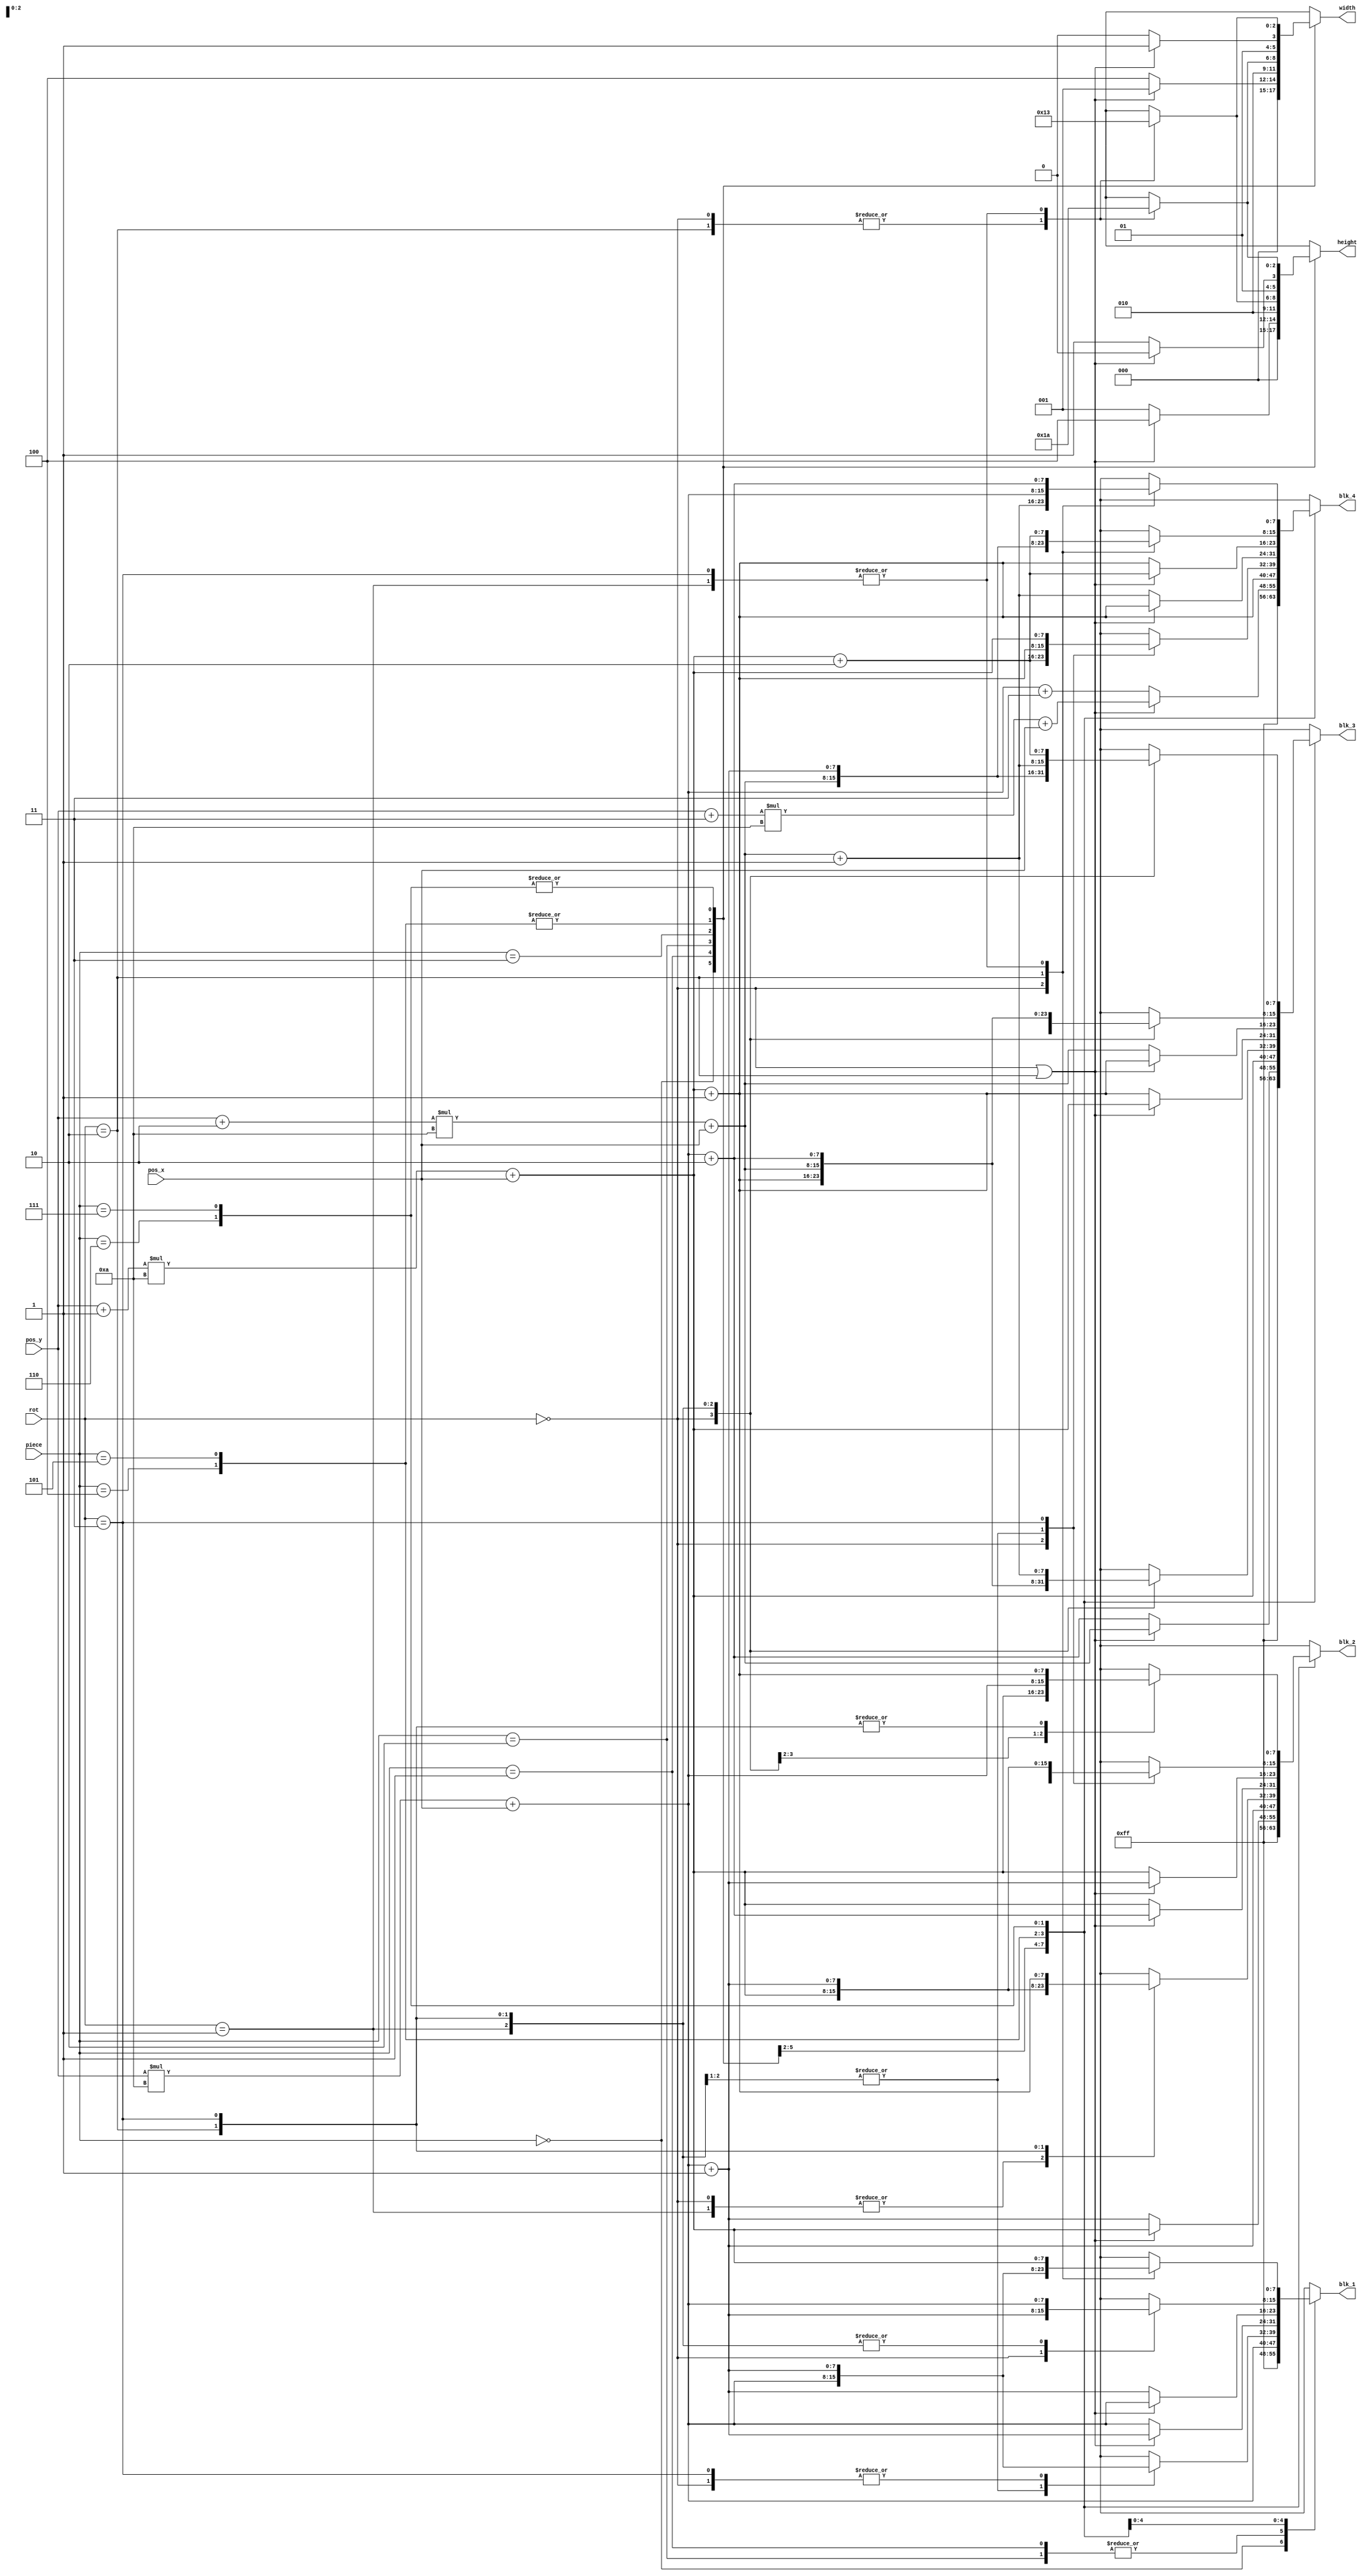
`define PIXEL_WIDTH 640
`define PIXEL_HEIGHT 480
`define HSYNC_FRONT_PORCH 16
`define HSYNC_PULSE_WIDTH 96
`define HSYNC_BACK_PORCH 48
`define VSYNC_FRONT_PORCH 10
`define VSYNC_PULSE_WIDTH 2
`define VSYNC_BACK_PORCH 33
`define BLOCK_SIZE 20
`define BLOCKS_WIDE 10
`define BLOCKS_HIGH 22
`define BOARD_WIDTH (`BLOCKS_WIDE * `BLOCK_SIZE)
`define BOARD_X (((`PIXEL_WIDTH - `BOARD_WIDTH) / 2) - 1)
`define BOARD_HEIGHT (`BLOCKS_HIGH * `BLOCK_SIZE)
`define BOARD_Y (((`PIXEL_HEIGHT - `BOARD_HEIGHT) / 2) - 1)
`define BITS_BLK_POS 8
`define BITS_X_POS 4
`define BITS_Y_POS 5
`define BITS_ROT 2
`define BITS_BLK_SIZE 3
`define BITS_SCORE 14
`define BITS_PER_BLOCK 3
`define EMPTY_BLOCK 3'b000
`define I_BLOCK 3'b001
`define O_BLOCK 3'b010
`define T_BLOCK 3'b011
`define S_BLOCK 3'b100
`define Z_BLOCK 3'b101
`define J_BLOCK 3'b110
`define L_BLOCK 3'b111
`define WHITE 8'b11111111
`define BLACK 8'b00000000
`define GRAY 8'b10100100
`define CYAN 8'b11110000
`define YELLOW 8'b00111111
`define PURPLE 8'b11000111
`define GREEN 8'b00111000
`define RED 8'b00000111
`define BLUE 8'b11000000
`define ORANGE 8'b00011111
`define ERR_BLK_POS 8'b11111111
`define DROP_TIMER_MAX 10000
module calc_cur_blk(
    input wire [`BITS_PER_BLOCK-1:0] piece,
    input wire [3:0] pos_x,
    input wire [4:0] pos_y,
    input wire [1:0] rot,
    output reg [7:0] blk_1,
    output reg [7:0] blk_2,
    output reg [7:0] blk_3,
    output reg [7:0] blk_4,
    output reg [2:0] width,
    output reg [2:0] height
    );
    
    
    always @ (*) begin
        case (piece)
            `EMPTY_BLOCK: begin
                 blk_1 = `ERR_BLK_POS;
                 blk_2 = `ERR_BLK_POS;
                 blk_3 = `ERR_BLK_POS;
                 blk_4 = `ERR_BLK_POS;
                 width = 0;
                 height = 0;
            end
            `I_BLOCK: begin
                 if (rot == 0 || rot == 2) begin
                     blk_1 = (pos_y * `BLOCKS_WIDE) + pos_x;
                     blk_2 = ((pos_y + 1) * `BLOCKS_WIDE) + pos_x;
                     blk_3 = ((pos_y + 2) * `BLOCKS_WIDE) + pos_x;
                     blk_4 = ((pos_y + 3) * `BLOCKS_WIDE) + pos_x;
                     width = 1;
                     height = 4;
                 end else begin
                     blk_1 = (pos_y * `BLOCKS_WIDE) + pos_x;
                     blk_2 = (pos_y * `BLOCKS_WIDE) + pos_x + 1;
                     blk_3 = (pos_y * `BLOCKS_WIDE) + pos_x + 2;
                     blk_4 = (pos_y * `BLOCKS_WIDE) + pos_x + 3;
                     width = 4;
                     height = 1;
                 end
            end
            `O_BLOCK: begin
                blk_1 = (pos_y * `BLOCKS_WIDE) + pos_x;
                blk_2 = (pos_y * `BLOCKS_WIDE) + pos_x + 1;
                blk_3 = ((pos_y + 1) * `BLOCKS_WIDE) + pos_x;
                blk_4 = ((pos_y + 1) * `BLOCKS_WIDE) + pos_x + 1;
                width = 2;
                height = 2;
            end
            `T_BLOCK: begin
                case (rot)
                    0: begin
                        blk_1 = (pos_y * `BLOCKS_WIDE) + pos_x + 1;
                        blk_2 = ((pos_y + 1) * `BLOCKS_WIDE) + pos_x;
                        blk_3 = ((pos_y + 1) * `BLOCKS_WIDE) + pos_x + 1;
                        blk_4 = ((pos_y + 1) * `BLOCKS_WIDE) + pos_x + 2;
                        width = 3;
                        height = 2;
                    end
                    1: begin
                        blk_1 = (pos_y * `BLOCKS_WIDE) + pos_x;
                        blk_2 = ((pos_y + 1) * `BLOCKS_WIDE) + pos_x;
                        blk_3 = ((pos_y + 2) * `BLOCKS_WIDE) + pos_x;
                        blk_4 = ((pos_y + 1) * `BLOCKS_WIDE) + pos_x + 1;
                        width = 2;
                        height = 3;
                    end
                    2: begin
                        blk_1 = (pos_y * `BLOCKS_WIDE) + pos_x;
                        blk_2 = (pos_y * `BLOCKS_WIDE) + pos_x + 1;
                        blk_3 = (pos_y * `BLOCKS_WIDE) + pos_x + 2;
                        blk_4 = ((pos_y + 1) * `BLOCKS_WIDE) + pos_x + 1;
                        width = 3;
                        height = 2;
                    end
                    3: begin
                        blk_1 = (pos_y * `BLOCKS_WIDE) + pos_x + 1;
                        blk_2 = ((pos_y + 1) * `BLOCKS_WIDE) + pos_x + 1;
                        blk_3 = ((pos_y + 2) * `BLOCKS_WIDE) + pos_x + 1;
                        blk_4 = ((pos_y + 1) * `BLOCKS_WIDE) + pos_x;
                        width = 2;
                        height = 3;
                    end
                endcase
            end
            `S_BLOCK: begin
                if (rot == 0 || rot == 2) begin
                    blk_1 = (pos_y * `BLOCKS_WIDE) + pos_x + 1;
                    blk_2 = (pos_y * `BLOCKS_WIDE) + pos_x + 2;
                    blk_3 = ((pos_y + 1) * `BLOCKS_WIDE) + pos_x;
                    blk_4 = ((pos_y + 1) * `BLOCKS_WIDE) + pos_x + 1;
                    width = 3;
                    height = 2;
                end else begin
                    blk_1 = (pos_y * `BLOCKS_WIDE) + pos_x;
                    blk_2 = ((pos_y + 1) * `BLOCKS_WIDE) + pos_x;
                    blk_3 = ((pos_y + 1) * `BLOCKS_WIDE) + pos_x + 1;
                    blk_4 = ((pos_y + 2) * `BLOCKS_WIDE) + pos_x + 1;
                    width = 2;
                    height = 3;
                end
            end
            `Z_BLOCK: begin
                if (rot == 0 || rot == 2) begin
                    blk_1 = (pos_y * `BLOCKS_WIDE) + pos_x;
                    blk_2 = (pos_y * `BLOCKS_WIDE) + pos_x + 1;
                    blk_3 = ((pos_y + 1) * `BLOCKS_WIDE) + pos_x + 1;
                    blk_4 = ((pos_y + 1) * `BLOCKS_WIDE) + pos_x + 2;
                    width = 3;
                    height = 2;
                end else begin
                    blk_1 = (pos_y * `BLOCKS_WIDE) + pos_x + 1;
                    blk_2 = ((pos_y + 1) * `BLOCKS_WIDE) + pos_x;
                    blk_3 = ((pos_y + 2) * `BLOCKS_WIDE) + pos_x;
                    blk_4 = ((pos_y + 1) * `BLOCKS_WIDE) + pos_x + 1;
                    width = 2;
                    height = 3;
                end
            end
            `J_BLOCK: begin
                case (rot)
                    0: begin
                        blk_1 = (pos_y * `BLOCKS_WIDE) + pos_x + 1;
                        blk_2 = ((pos_y + 1) * `BLOCKS_WIDE) + pos_x + 1;
                        blk_3 = ((pos_y + 2) * `BLOCKS_WIDE) + pos_x + 1;
                        blk_4 = ((pos_y + 2) * `BLOCKS_WIDE) + pos_x;
                        width = 2;
                        height = 3;
                    end
                    1: begin
                        blk_1 = (pos_y * `BLOCKS_WIDE) + pos_x;
                        blk_2 = ((pos_y + 1) * `BLOCKS_WIDE) + pos_x;
                        blk_3 = ((pos_y + 1) * `BLOCKS_WIDE) + pos_x + 1;
                        blk_4 = ((pos_y + 1) * `BLOCKS_WIDE) + pos_x + 2;
                        width = 3;
                        height = 2;
                    end
                    2: begin
                        blk_1 = (pos_y * `BLOCKS_WIDE) + pos_x;
                        blk_2 = ((pos_y + 1) * `BLOCKS_WIDE) + pos_x;
                        blk_3 = ((pos_y + 2) * `BLOCKS_WIDE) + pos_x;
                        blk_4 = (pos_y * `BLOCKS_WIDE) + pos_x + 1;
                        width = 2;
                        height = 3;
                    end
                    3: begin
                        blk_1 = (pos_y * `BLOCKS_WIDE) + pos_x;
                        blk_2 = (pos_y * `BLOCKS_WIDE) + pos_x + 1;
                        blk_3 = (pos_y * `BLOCKS_WIDE) + pos_x + 2;
                        blk_4 = ((pos_y + 1) * `BLOCKS_WIDE) + pos_x + 2;
                        width = 3;
                        height = 2;
                    end
                endcase
            end
            `L_BLOCK: begin
                case (rot)
                    0: begin
                        blk_1 = (pos_y * `BLOCKS_WIDE) + pos_x;
                        blk_2 = ((pos_y + 1) * `BLOCKS_WIDE) + pos_x;
                        blk_3 = ((pos_y + 2) * `BLOCKS_WIDE) + pos_x;
                        blk_4 = ((pos_y + 2) * `BLOCKS_WIDE) + pos_x + 1;
                        width = 2;
                        height = 3;
                    end
                    1: begin
                        blk_1 = ((pos_y + 1) * `BLOCKS_WIDE) + pos_x;
                        blk_2 = (pos_y * `BLOCKS_WIDE) + pos_x;
                        blk_3 = (pos_y * `BLOCKS_WIDE) + pos_x + 1;
                        blk_4 = (pos_y * `BLOCKS_WIDE) + pos_x + 2;
                        width = 3;
                        height = 2;
                    end
                    2: begin
                        blk_1 = (pos_y * `BLOCKS_WIDE) + pos_x + 1;
                        blk_2 = ((pos_y + 1) * `BLOCKS_WIDE) + pos_x + 1;
                        blk_3 = ((pos_y + 2) * `BLOCKS_WIDE) + pos_x + 1;
                        blk_4 = (pos_y * `BLOCKS_WIDE) + pos_x;
                        width = 2;
                        height = 3;
                    end
                    3: begin
                        blk_1 = ((pos_y + 1) * `BLOCKS_WIDE) + pos_x;
                        blk_2 = ((pos_y + 1) * `BLOCKS_WIDE) + pos_x + 1;
                        blk_3 = ((pos_y + 1) * `BLOCKS_WIDE) + pos_x + 2;
                        blk_4 = (pos_y * `BLOCKS_WIDE) + pos_x + 2;
                        width = 3;
                        height = 2;
                    end
                endcase
            end
        endcase
    end

endmodule